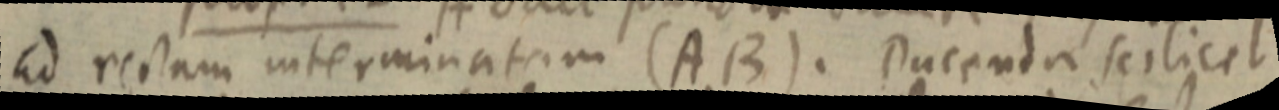
ad rectam interminatam (AB). Ducenda scilicet